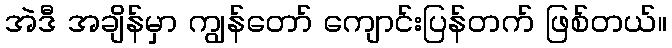
အဲဒီ အချိန်မှာ ကျွန်တော် ကျောင်းပြန်တက် ဖြစ်တယ်။